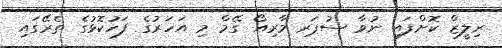
ރިލީޒް ކޮށްފައި ނުވާ ސުޕަރ މާރިއޯ ގޭމް މި އަހަރުގެ ފަހުކޮޅުގެ ތެރޭގައި